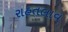
રાહતલાવ